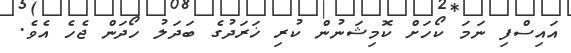
އައިސްފި ނަމަ ކޯހަށް ކޮމިޝަނުން ކުރި ޚަރަދުގެ ބަދަލު ހޯދަން ޖެހެ އެވެ.